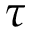
\tau